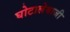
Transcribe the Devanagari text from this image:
घोटालेबाजी